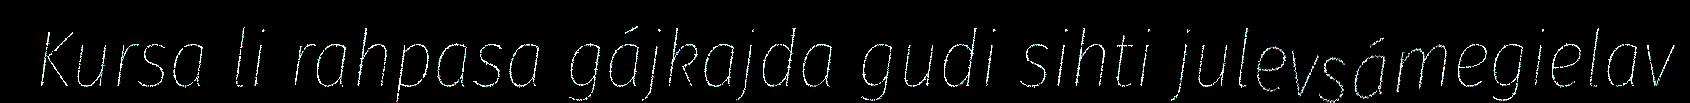
Kursa li rahpasa gájkajda gudi sihti julevsámegielav